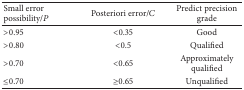
| Small error possibility/P | Posteriori error/C | Predict precision grade |
 | --- | --- | --- |
 | >0.95 | <0.35 | Good |
 | >0.80 | <0.5 | Qualified |
 | >0.70 | <0.65 | Approximately qualified |
 | ≤0.70 | ≥0.65 | Unqualified |